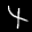
Label: 4